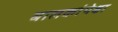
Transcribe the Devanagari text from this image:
बालकांपेक्षा